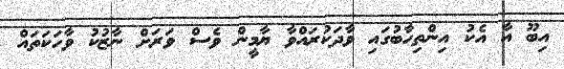
އިބޫ އާ އެކު އިންތިހާބުގައި ވާދަކުރައްވާ ޔާމީން ވެސް ވަރަށް ނާޒުކު ވާހަކަތައް